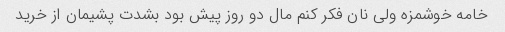
خامه خوشمزه ولی نان فکر کنم مال دو روز پیش بود بشدت پشیمان از خرید